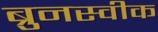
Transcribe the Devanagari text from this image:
ब्रुनस्वीक